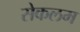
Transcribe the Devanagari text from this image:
सेकलम